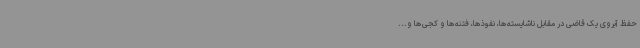
حفظ آبروی یک قاضی در مقابل ناشایسته‌ها، نفوذها، فتنه‌ها و کجی‌ها و...